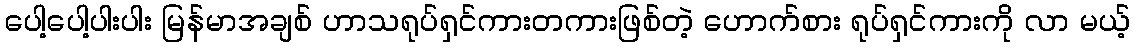
ပေါ့ပေါ့ပါးပါး မြန်မာအချစ် ဟာသရုပ်ရှင်ကားတကားဖြစ်တဲ့ ဟောက်စား ရုပ်ရှင်ကားကို လာ မယ့်